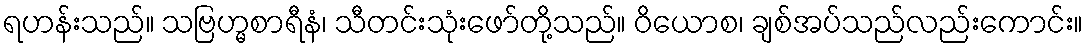
ရဟန်းသည်။ သဗြဟ္မစာရီနံ၊ သီတင်းသုံးဖော်တို့သည်။ ဝိယောစ၊ ချစ်အပ်သည်လည်းကောင်း။